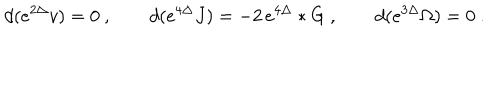
d ( e ^ { 2 \Delta } v ) = 0 \ , \qquad d ( e ^ { 4 \Delta } J ) = - 2 \, e ^ { 4 \Delta } * G \ , \qquad d ( e ^ { 3 \Delta } \Omega ) = 0 \ .